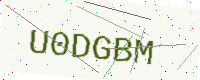
Text: U0DGBM